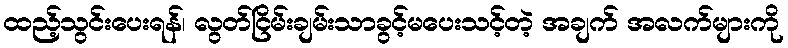
ထည့်သွင်းပေးရန်၊ လွတ်ငြိမ်းချမ်းသာခွင့်မပေးသင့်တဲ့ အချက် အလက်များကို